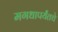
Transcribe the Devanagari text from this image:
मगधापर्यंतचे